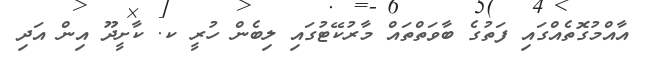
އާއްމުގޮތެއްގައި ފަތުގެ ބާވަތްތައް މާރުކޭޓުގައި ލިބެން ހުރީ ކ. ކާށީދޫ އިން އަދި